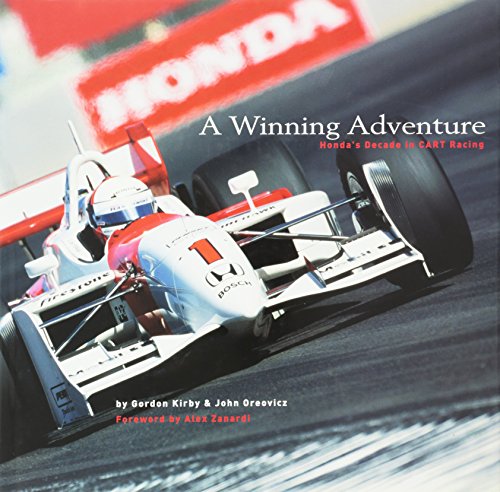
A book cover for A Winning Adventure:  Honda's Decade in Cart Racing; John Oreovicz; Engineering & Transportation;